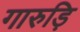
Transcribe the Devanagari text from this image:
गारुड़ि